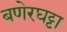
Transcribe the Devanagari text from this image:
बणेरघट्टा